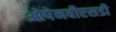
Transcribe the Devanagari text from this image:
ओपेनबीएसडी